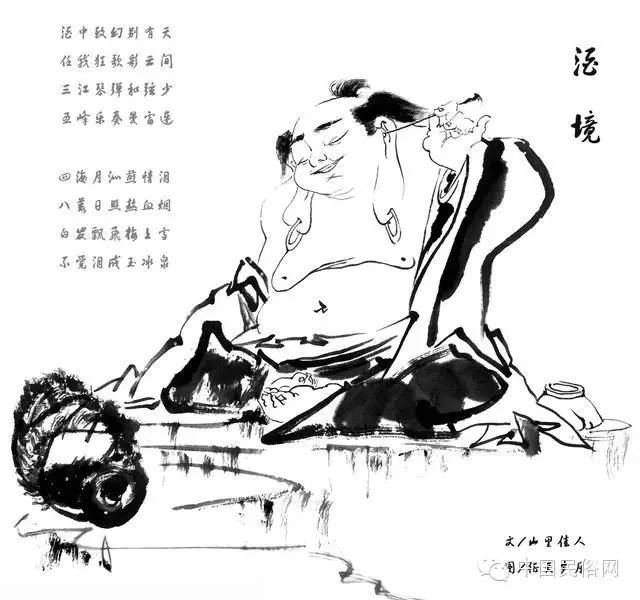
骤雨过，珍珠乱撒，打遍新荷。